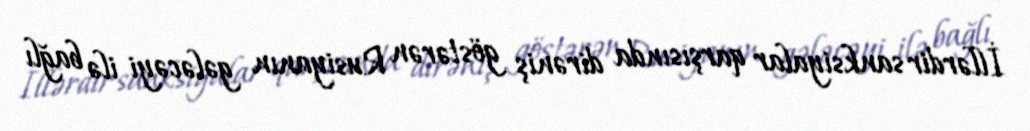
İllərdir sanksiyalar qarşısında dirəniş göstərən Rusiyanın gələcəyi ilə bağlı